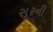
સૂરની